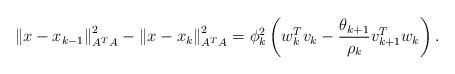
LaTeX: \begin{align*}\left\Vert x-x_{k-1}\right\Vert _{A^{T}A}^{2}-\left\Vert x-x_{k}\right\Vert _{A^{T}A}^{2}=\phi_{k}^{2}\left(w_{k}^{T}v_{k}-\frac{\theta_{k+1}}{\rho_{k}}v_{k+1}^{T}w_{k}\right).\end{align*}